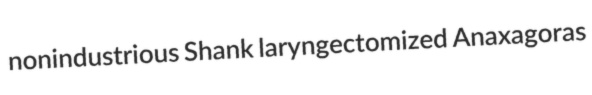
nonindustrious Shank laryngectomized Anaxagoras